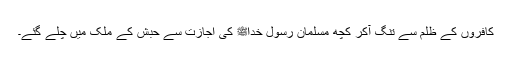
کافروں کے ظلم سے تنگ آکر کچھ مسلمان رسولِ خداﷺ کی اجازت سے حبش کے ملک میں چلے گئے۔